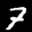
Label: 7